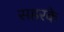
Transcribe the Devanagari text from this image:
सहरके